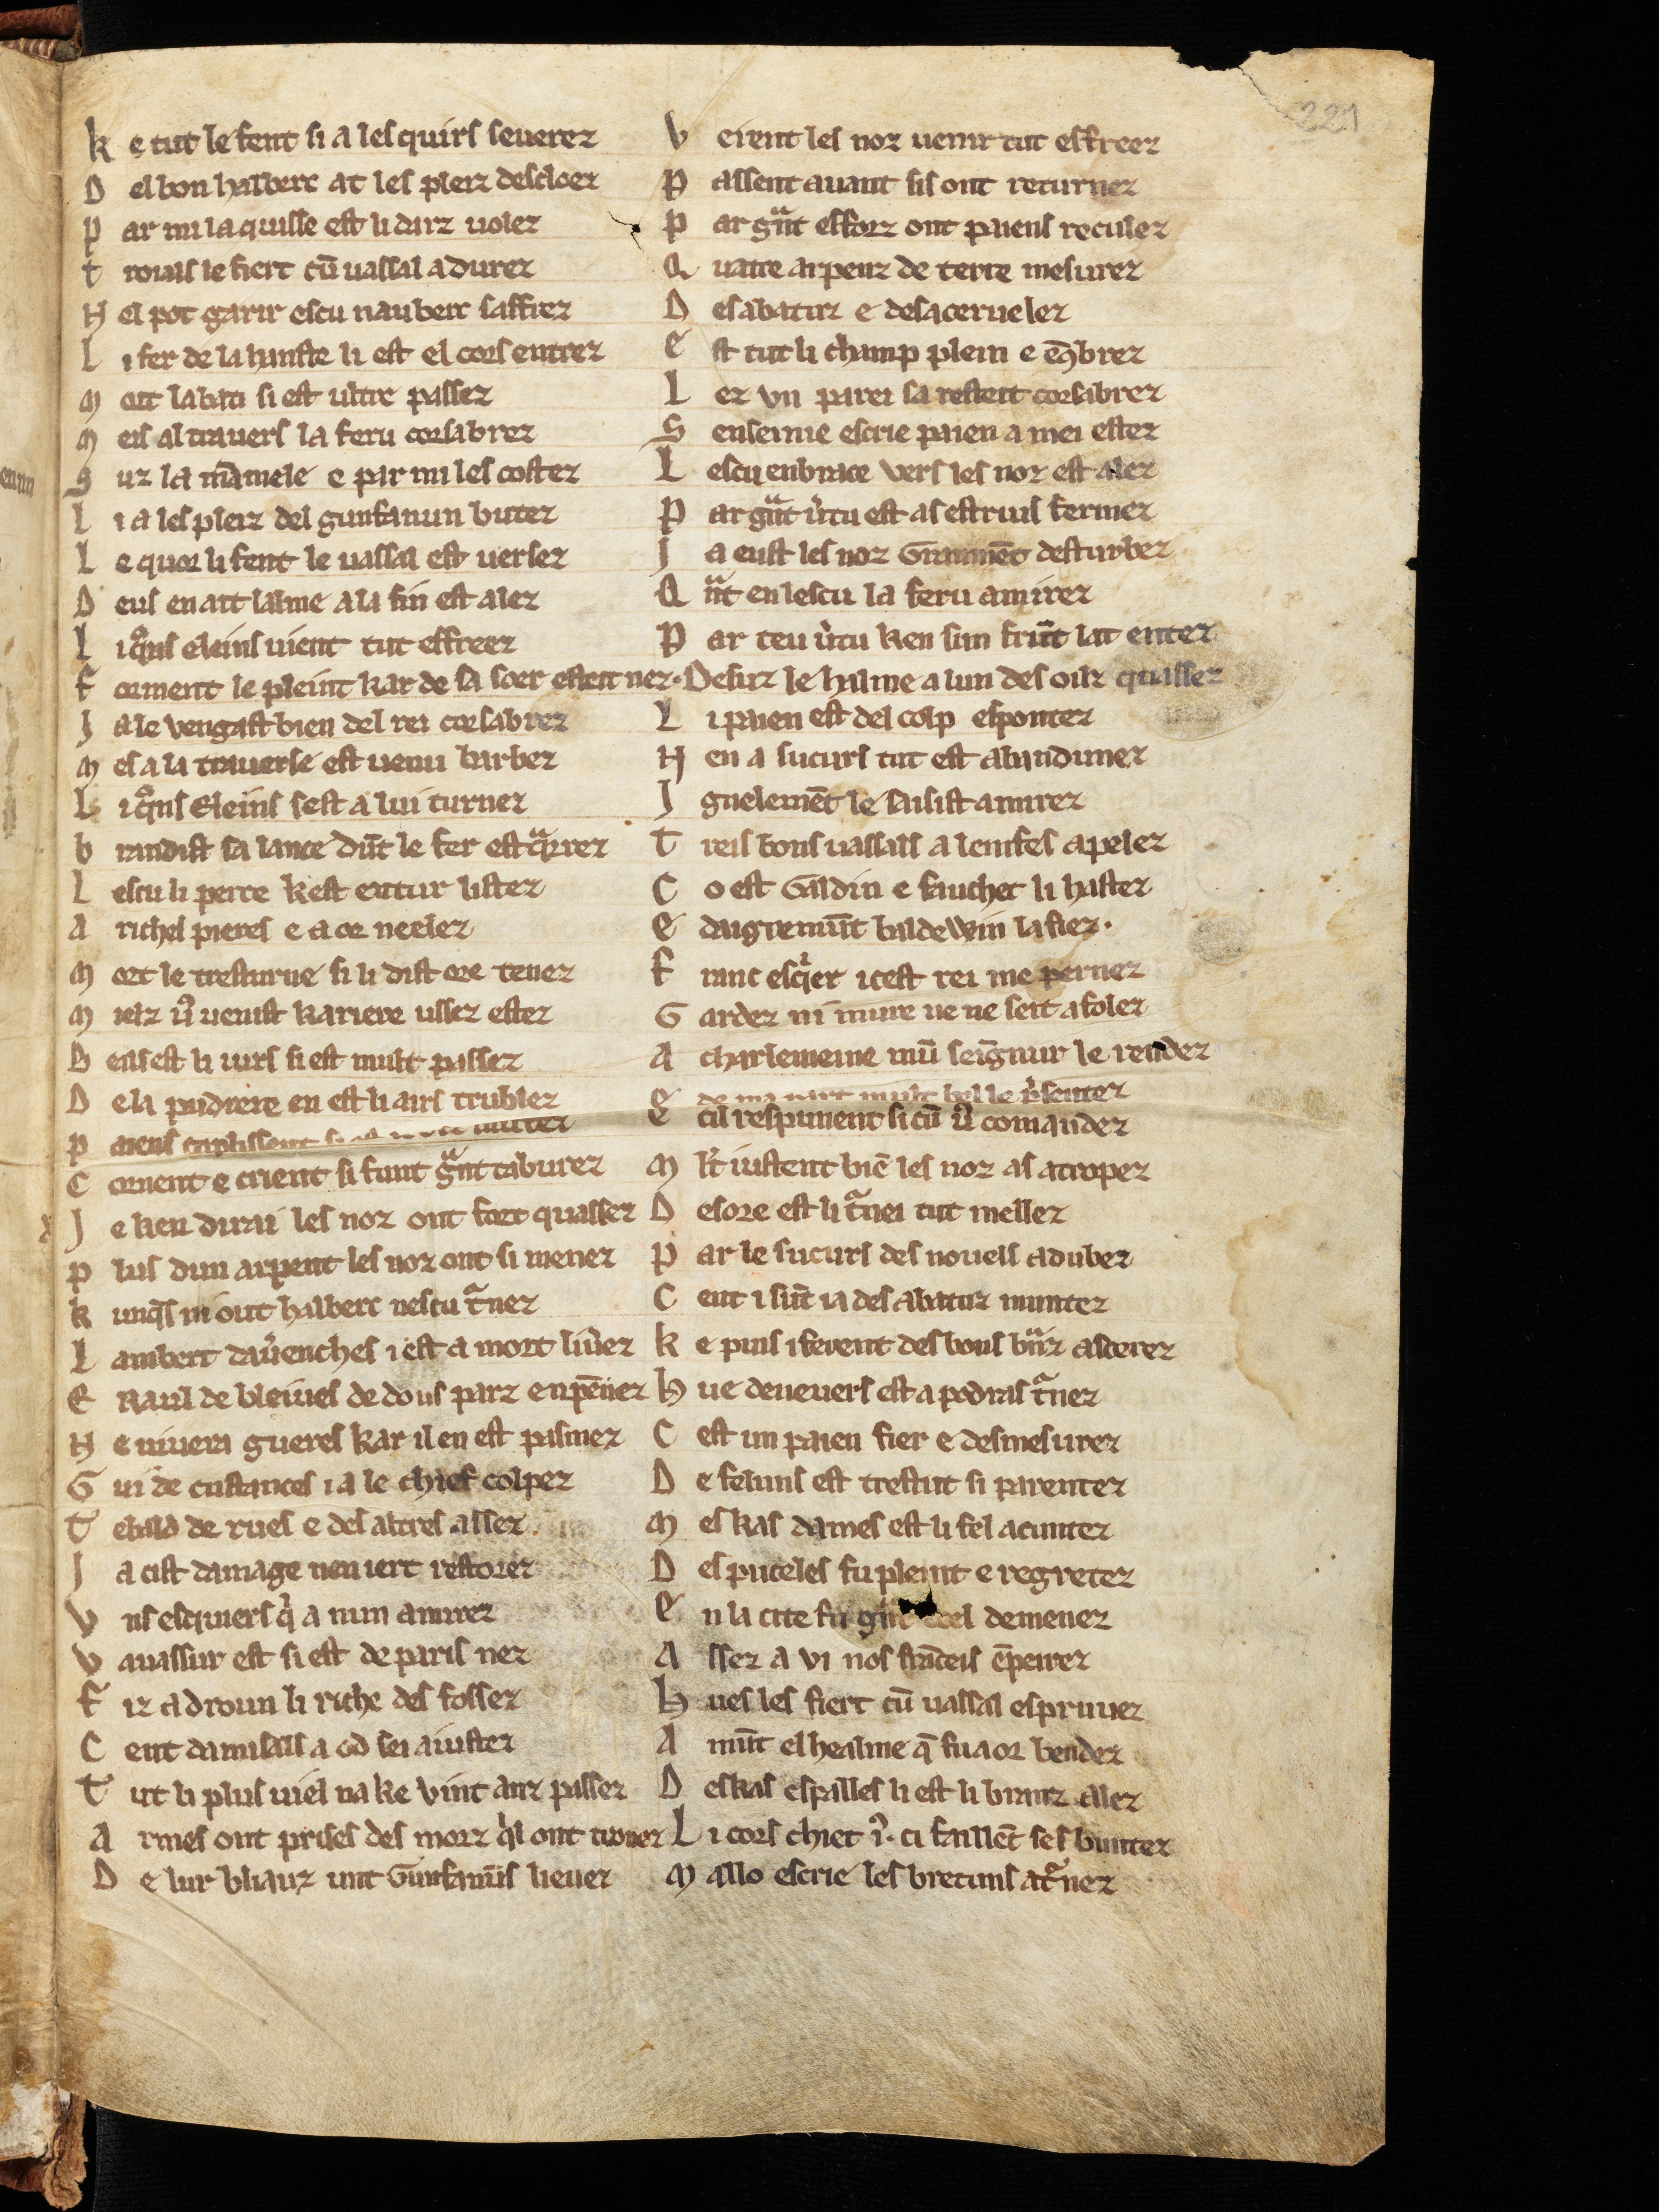
Shelfmark: Cologne, Bodmer, 168
Century: 13